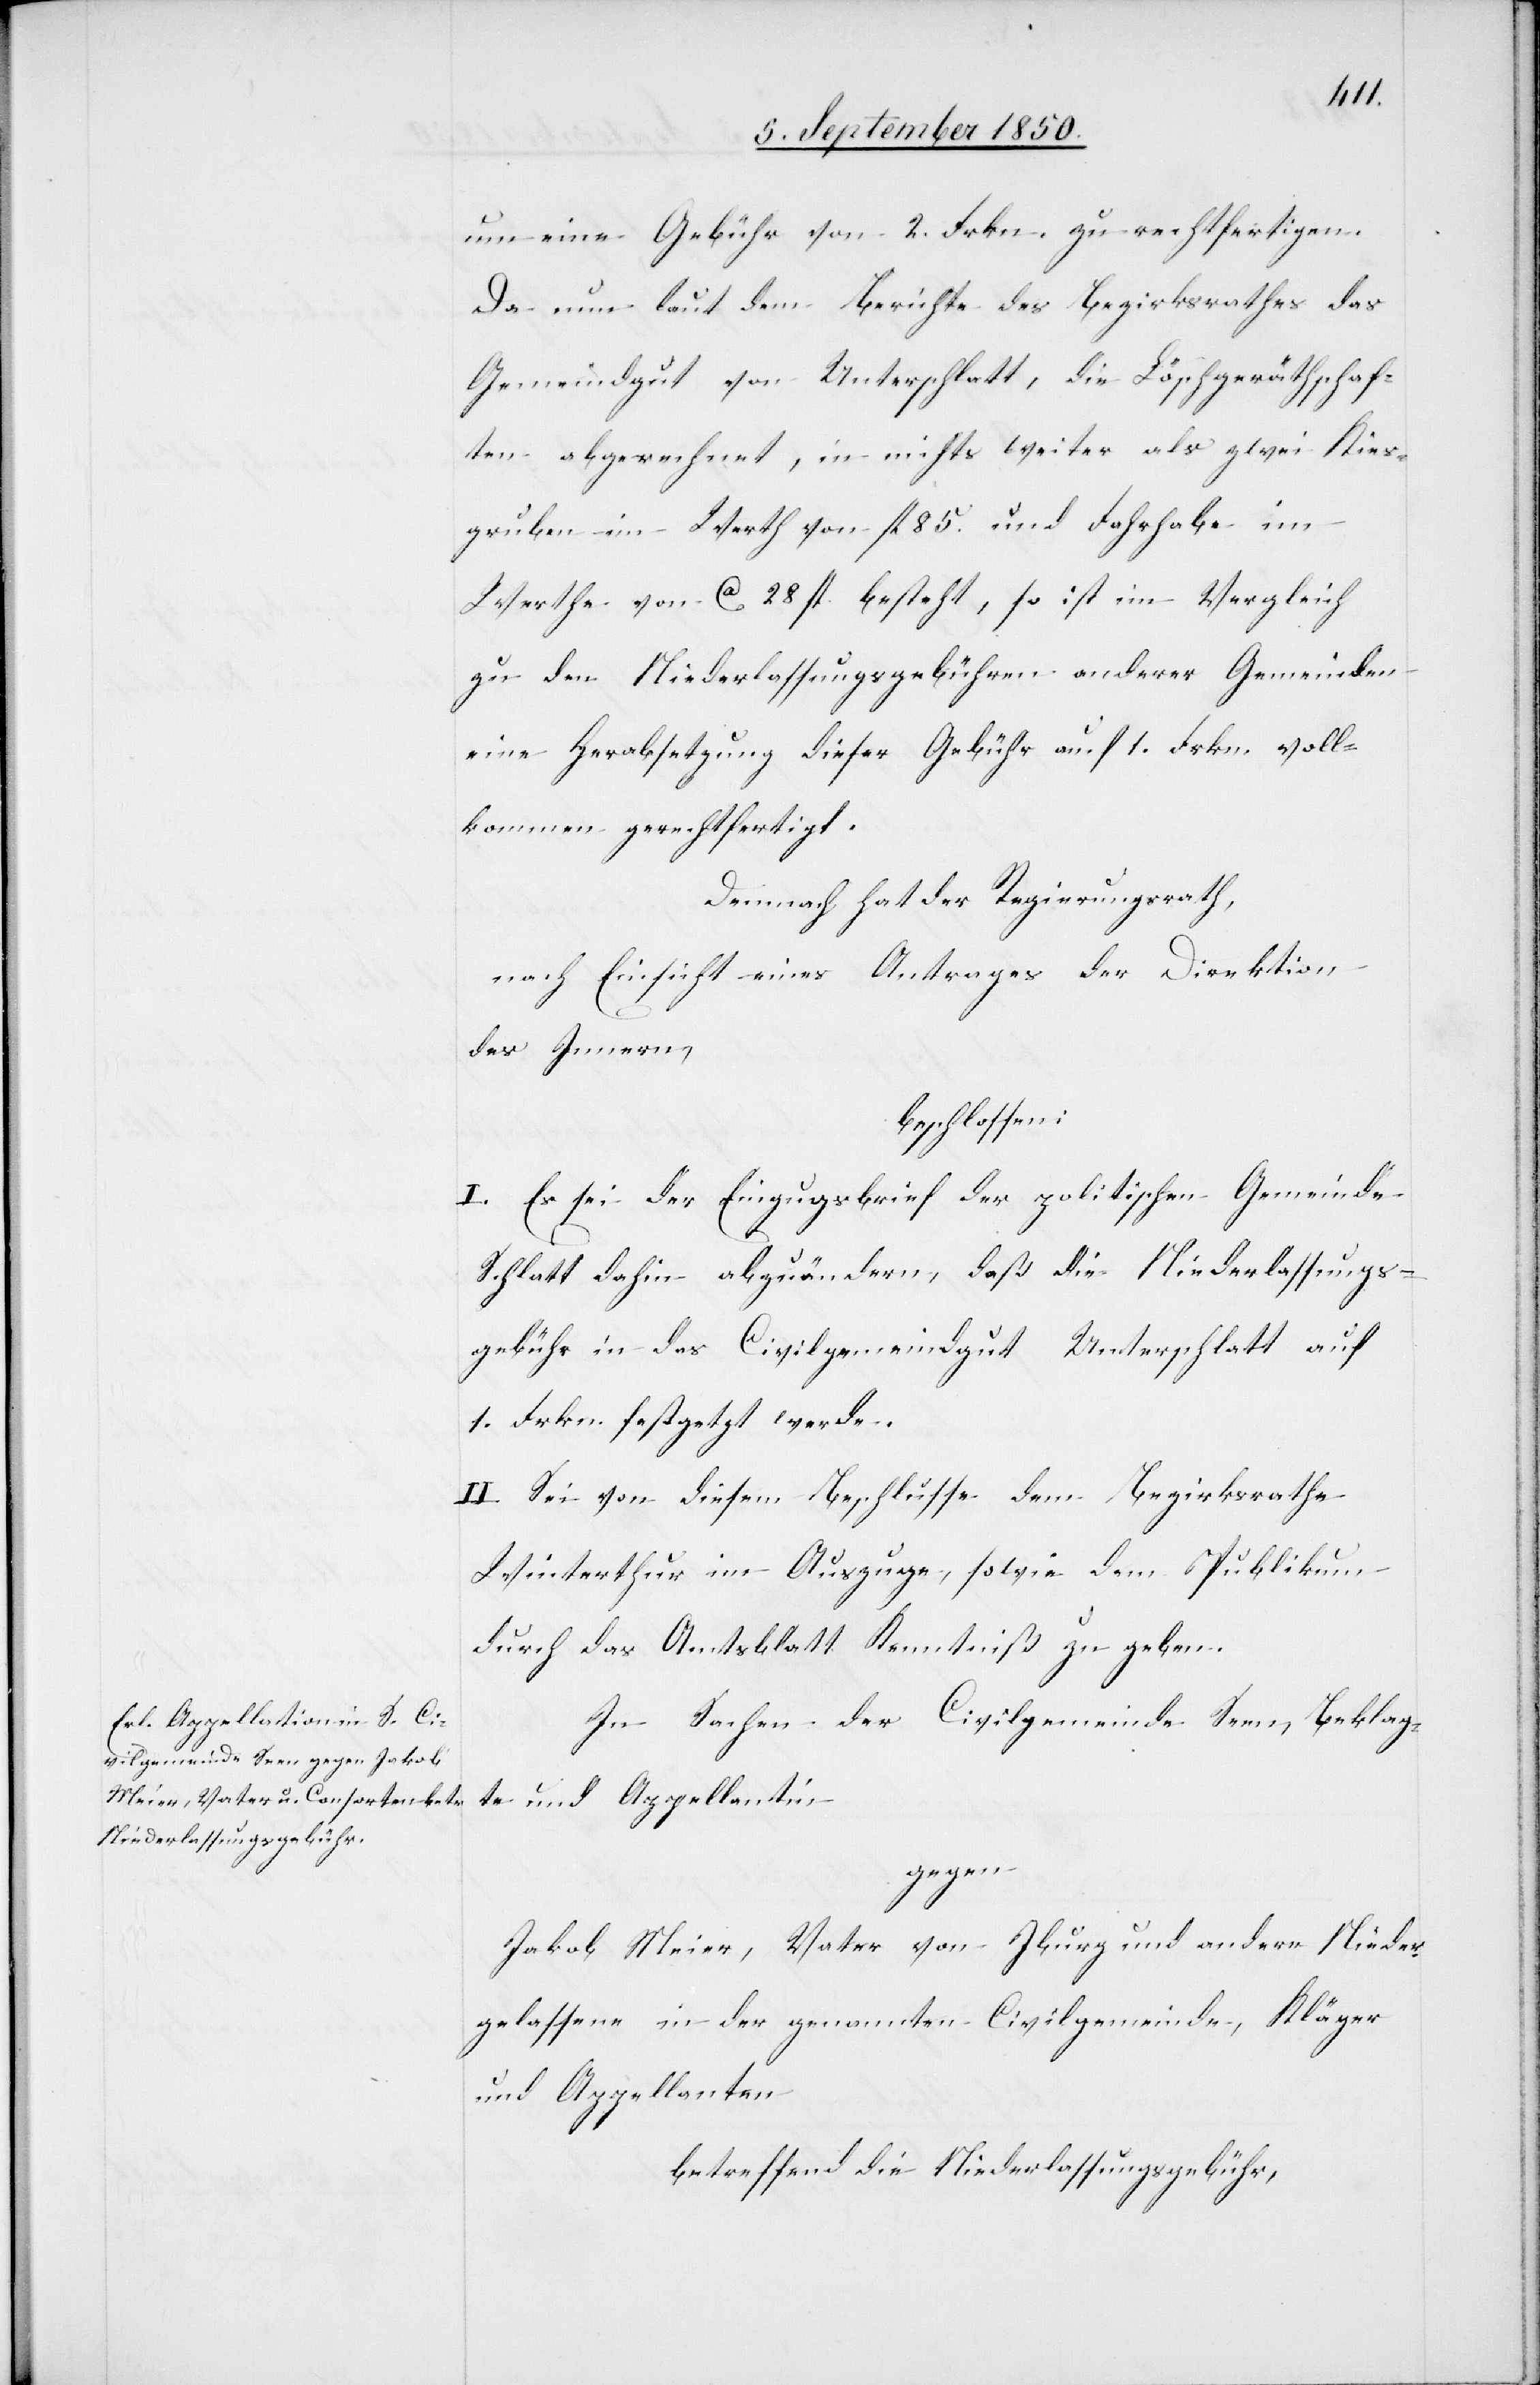
um eine Gebühr von 2. Frkn. zu rechtfertigen.
Da nun laut dem Berichte des Bezirksrathes das
Gemeindgut von Unterschlatt, die Löschgeräthschaf¬
ten abgerechnet, in nichts weiter als zwei Kies¬
gruben im Werth von fl 85. und Fahrhabe im
Werthe von ca 28 fl. besteht, so ist im Vergleich
zu den Niederlassungsgebühren anderer Gemeinden
eine Herabsetzung dieser Gebühr auf 1. Frkn. voll¬
kommen gerechtfertigt.
Demnach hat der Regierungsrath,
nach Einsicht eines Antrages der Direktion
des Innern,
beschlossen:
I. Es sei der Einzugsbrief der politischen Gemeinde
Schlatt dahin abzuändern, daß die Niederlassungs¬
gebühr in das Civilgemeindgut Unterschlatt auf
1. Frkn. festgesetzt werde.
II. Sei von diesem Beschlusse dem Bezirksrathe
Winterthur im Auszuge, sowie dem Publikum
durch das Amtsblatt Kenntniß zu geben.
In Sachen der Civilgemeinde Seen, Beklag¬
te und Appellantin
gegen
Jakob Meier, Vater von Iburg und andere Nieder¬
gelassene in der genannten Civilgemeinde, Kläger
und Appellanten
betreffend die Niederlassungsgebühr,